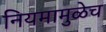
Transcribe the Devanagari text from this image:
नियमामुळेच